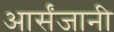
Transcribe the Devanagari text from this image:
आर्संजानी